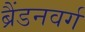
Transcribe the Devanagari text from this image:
ब्रैंडनवर्ग